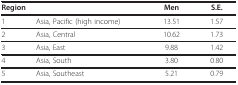
<table><thead><tr><td colspan="2"><b>Region</b></td><td><b>Men</b></td><td><b>S.E.</b></td></tr></thead><tbody><tr><td>1</td><td>Asia, Pacific (high income)</td><td>13.51</td><td>1.57</td></tr><tr><td>2</td><td>Asia, Central</td><td>10.62</td><td>1.73</td></tr><tr><td>3</td><td>Asia, East</td><td>9.88</td><td>1.42</td></tr><tr><td>4</td><td>Asia, South</td><td>3.80</td><td>0.80</td></tr><tr><td>5</td><td>Asia, Southeast</td><td>5.21</td><td>0.79</td></tr></tbody></table>